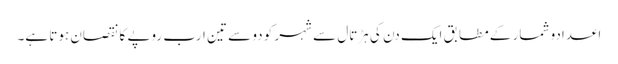
اعدادو شمار کے مطابق ایک دن کی ہڑتال سے شہر کو دو سے تین ارب روپے کا نقصان ہوتا ہے۔